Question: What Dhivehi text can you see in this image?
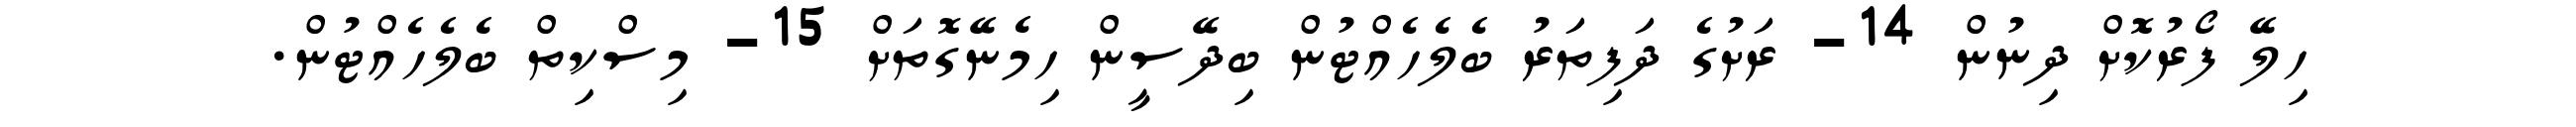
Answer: ހިލޭ ފޯރުކޮށް ދިނުން 14- ރަށުގެ ދަފިތަރު ބެލެހެއްޓުން ބިދޭސީން ހިމެނޭގޮތަށް 15- މިސްކިތް ބެލެހެއްޓުން.